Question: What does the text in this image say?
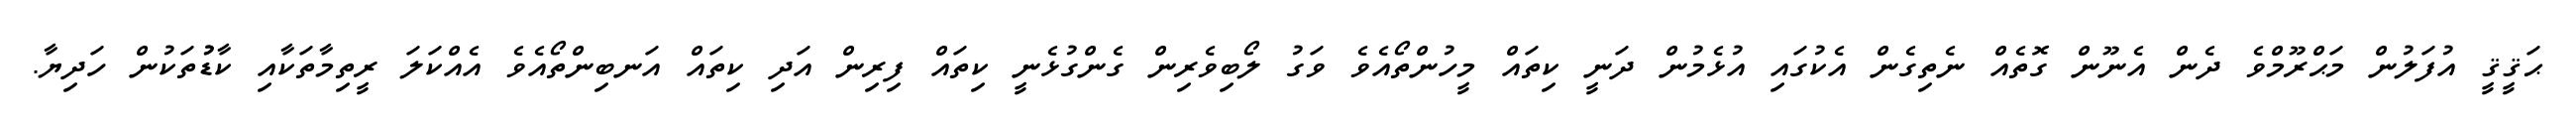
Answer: ޙަޤީޤީ އުފަލުން މަޙްރޫމްވެ ދެން އެނޫން ގޮތެއް ނެތިގެން އެކުގައި އުޅެމުން ދަނީ ކިތައް މީހުންތޯއެވެ ވަގު ލޯބިވެރިން ގެންގުޅެނީ ކިތައް ފިރިން އަދި ކިތައް އަނބިންތޯއެވެ އެއްކަލަ ރީތިމާތަކާއި ކާޑުުތަކުން ހަދިޔާ.